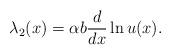
LaTeX: \begin{align*}\lambda_2(x)=\alpha b{d\over dx}\ln u(x).\end{align*}